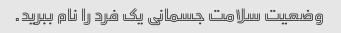
وضعیت سلامت جسمانی یک فرد را نام ببرید.